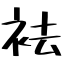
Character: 袪